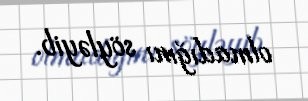
olmadığını söyləyib.